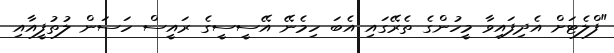
"ފްލެޓަށް އެދިފައިވާ މީހުންގެ ތެރޭގައި އެބަ ހިމެނޭ އޭސީސީގެ ރައީސް ހަސަން ލުތުފީއާއި